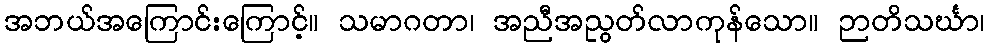
အဘယ်အကြောင်းကြောင့်။ သမာဂတာ၊ အညီအညွတ်လာကုန်သော။ ဉာတိသင်္ဃာ၊